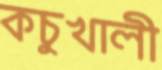
কচুখালী